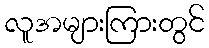
လူအများကြားတွင်